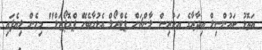
އަތޮޅު ކައުންސިލް އިދާރާގެ އަކުރިސް ލާންޗަށް ޕެޓްރޯލް އެޅުމާބެހޭ ޕްރޮޕޯޒަލް" މިހެން ލިޔެފައި